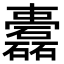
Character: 𥗤